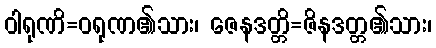
ဝါရုဏိ=ဝရုဏ၏သား၊ ဇေနဒတ္တိ=ဇိနဒတ္တ၏သား၊